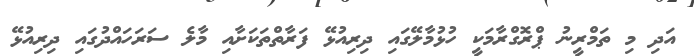
އަދި މި ތަމްރީނު ޕްރޮގްރާމަކީ ހުޅުމާލޭގައި ދިރިއުޅޭ ފަރާތްތަކަށާއި މާލެ ސަރަހައްދުގައި ދިރިއުޅޭ